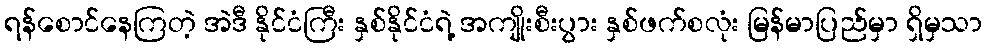
ရန်စောင်နေကြတဲ့ အဲဒီ နိုင်ငံကြီး နှစ်နိုင်ငံရဲ့ အကျိုးစီးပွား နှစ်ဖက်စလုံး မြန်မာပြည်မှာ ရှိမှသာ